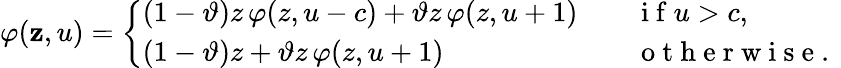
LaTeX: \varphi(\mathbf{z},u)=\left\{ \begin{array}{ll}{(1-\vartheta)z\, \varphi(z,u-c)+\vartheta z\, \varphi(z,u+1)\quad}&{\mathrm{~i~f~}u>c,}\\ {(1-\vartheta)z+\vartheta z\, \varphi(z,u+1)}&{\mathrm{~o~t~h~e~r~w~i~s~e~.~}}\end{array}\right.